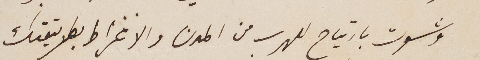
وشعرت بارتياح للهرب من المدن والانخراط بطريقتك